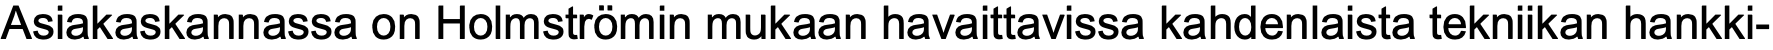
Asiakaskannassa on Holmströmin mukaan havaittavissa kahdenlaista tekniikan hankki-